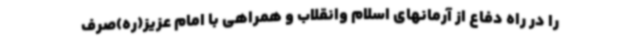
را در راه دفاع از آرمانهای اسلام وانقلاب و همراهی با امام عزیز(ره)صرف